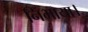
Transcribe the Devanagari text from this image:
निभाया।